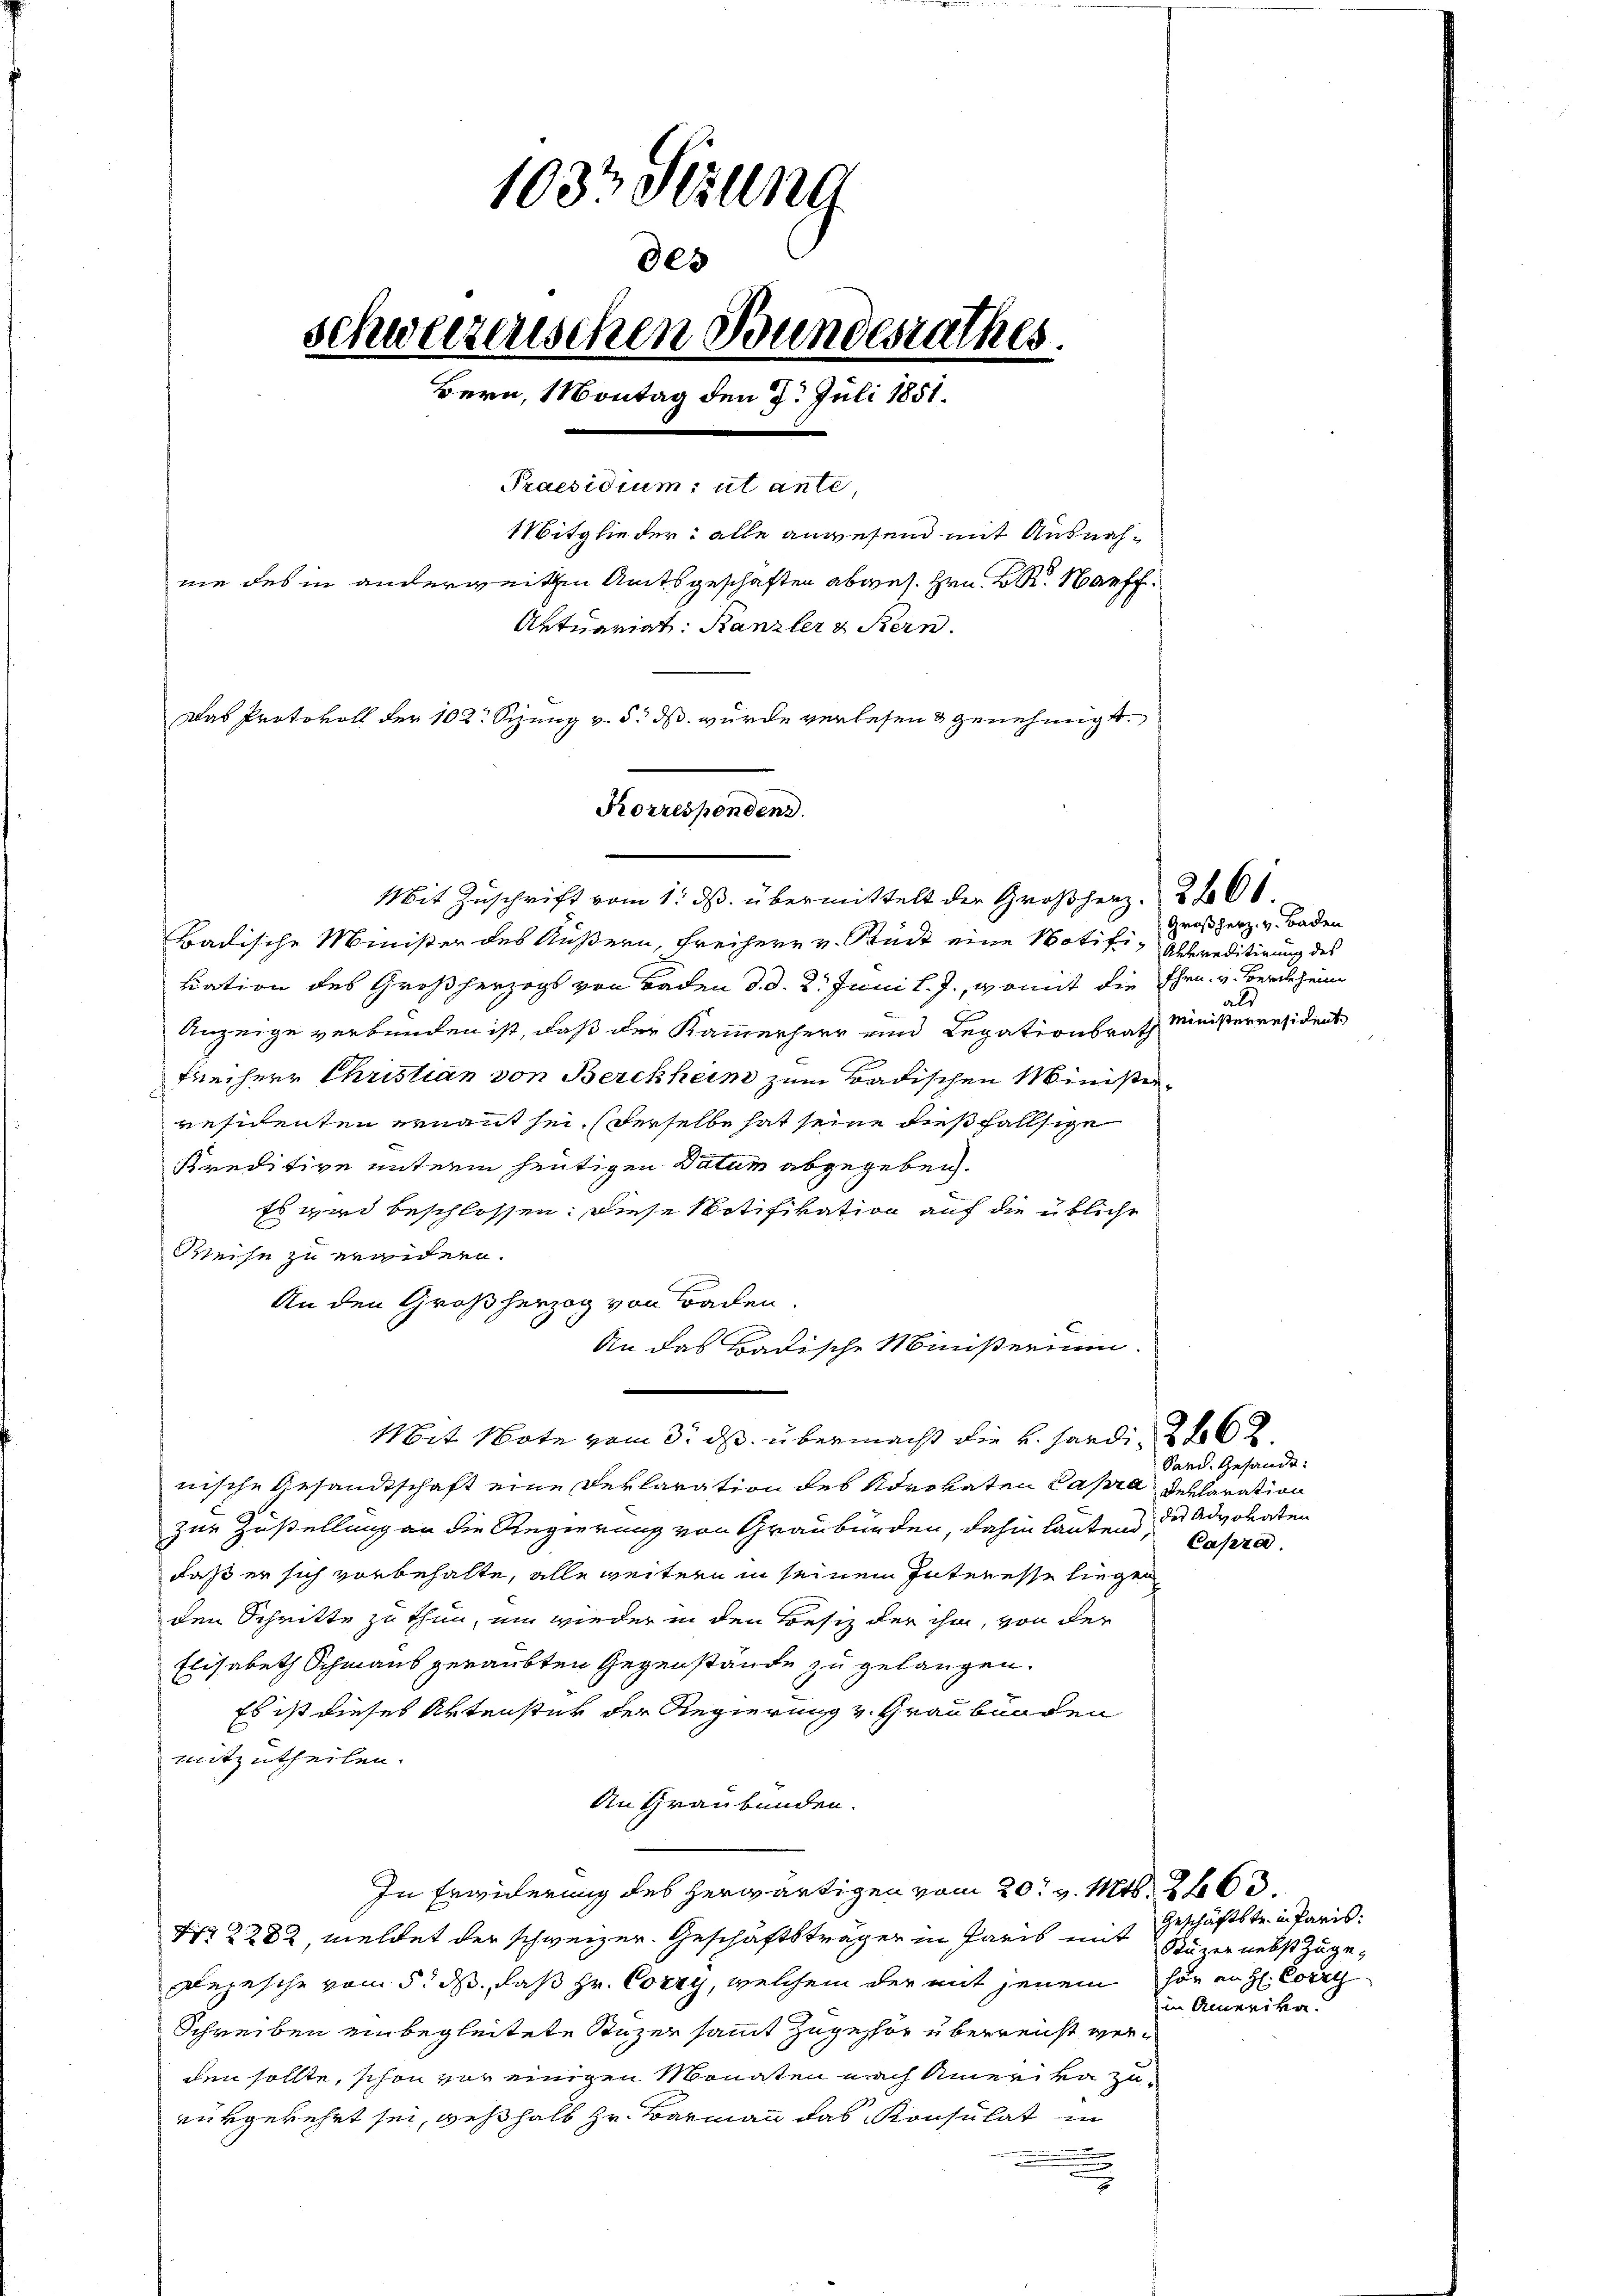
1037 Seiung
300
schweizerischen Bundesrathes.
Bern, Montag den 7. Juli 1851.
Praesidium, ut ante,
Mitglieder: alle anwesend mit Ausnahnie des in anderweitten Amtsgeschaften abges. Hrn. BR. Nauff
Aktuariat Kanzler & Stern.
Das Protokoll der 102. Sizung v. 5. ds wurde verlesen & genehmigt.
Korrespondend

Badische Minister des Äußern, Freiherr v. Stückt eine Notifi- Ehereditirung des
kation des Großherzogs von Baden d. d. 2. Juni l. J., womit die Ehrn. v. Berdeheim
Anzeige verbunden ist, daß der Kammerherr und Legationsrath
Freiherr Christian von Berckheim zum Badischen Ministerresidenten ernannt sei, derselbe hat seine dießfällsige
Kreditive unterm heutigen Datum abgegeben.
Es wird beschlossen. Diese Notifikation auf die übliche
Weise zu ergiden.
An den Großherzog von Baden.
An das Badische Ministerium.
Mit Note vom 3. ds übermacht die H. Hardi, 26.
nische Gesandtschaft eine Deklaration des Advokaten Papra dellaration
zur Zustellung an die Regierung von Graubünden, dahin lautend die Advokaten
daß er sich vorbehalte, alle weitern in seinem Interesse liegen
den Schritte zu thun, um wieder in den Besitz der ihm, von der
Elisabeth Schmaus geraubten Gegenstände zu gelangen.
Es ist dieses Aktenster der Regierung v. Graubünden
mitzutheilen.
An Graubünden.
In Erwiderung des herwärtigen vom 20t v. Mts. 263.
Nr 2 282, meldet der schweizer. Geschäftsträger in Paris mit Sazer nebst zuge¬
Depesche vom 5. ds., daß Hr. Corry, welchem der mit jenem für an H. Corrth
Schreiben unbegleitete Stazer sammt zugestor überreicht verden sollte, schon vor einigen Monaten nach einer va zurükgekehrt sei, weßhalb Hr. Barmann das Konsulat in
.

Mit Zuschrift vom 1. ds. übermittelt der Großherz. 2600.

Großherz. v. Baden
ald
Ministerresident

Sand. Gesandt:
Capra.

Geschäftstr. in Paris:
in Amerika.